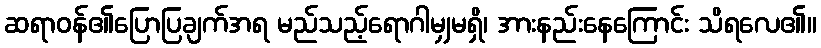
ဆရာဝန်၏ပြောပြချက်အရ မည်သည့်ရောဂါမျှမရှိ၊ အားနည်းနေကြောင်း သိရလေ၏။